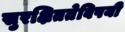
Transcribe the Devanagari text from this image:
सुरक्षिततेविषयी